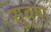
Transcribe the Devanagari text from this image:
सुवृषा